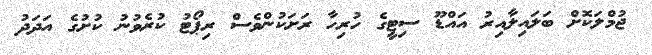
ޖުމްލަކޮށް ބަލައިލާއިރު އައްޑޫ ސިޓީގެ ހުރިހާ ރަށަކުންވެސް ރިޕޯޓު ކުރެވުނު ކުށުގެ އަދަދު